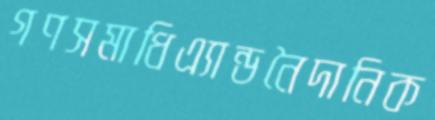
গণসমাধিএ্যান্ডনৈদানিক